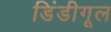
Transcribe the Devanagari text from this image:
डिंडीगूल